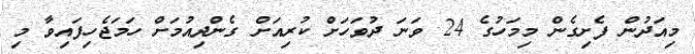
މިއަދުން ފެށިގެން މިމަހުގެ 24 ވަނަ ދުވަހަށް ކުރިއަށް ގެންދިއުމަށް ހަމަޖެހިފައިވާ މި